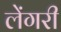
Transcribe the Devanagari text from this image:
लेंगरी